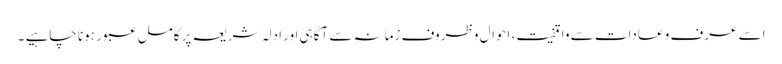
اسے عرف و عادات سے واقفیت، احوال و ظروف زمانہ سے آگاہی اور ادلہ شریعہ پر کامل عبور ہونا چاہیے ۔